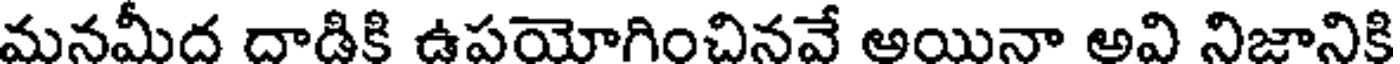
మనమీద దాడికి ఉపయోగించినవే ఆయినా అవి నిజానికి